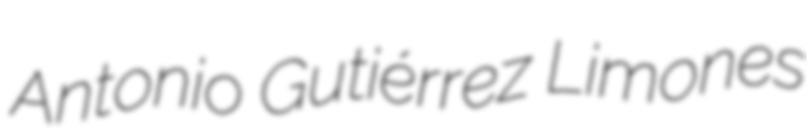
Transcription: Antonio Gutiérrez Limones